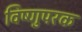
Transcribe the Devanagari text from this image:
विष्णुपरक